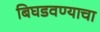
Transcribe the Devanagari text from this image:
बिघडवण्याचा